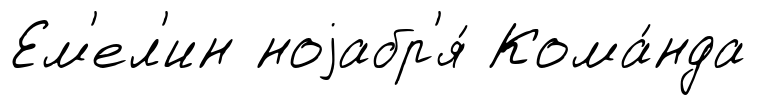
Ем'ел'ин ноjабр'я́ Кома́нда